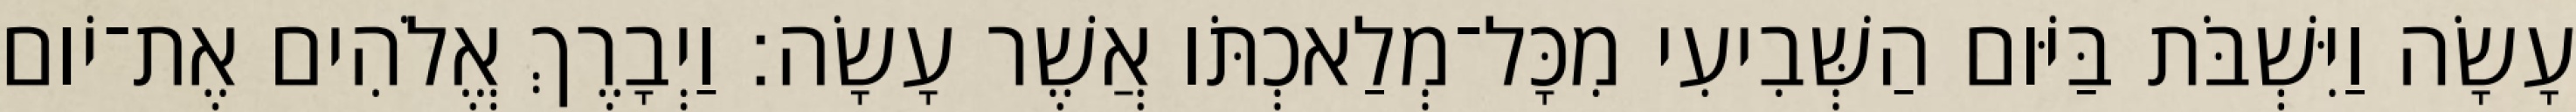
עָשָׂה וַיִּשְׁבֹּת בַּיֹּום הַשְּׁבִיעִי מִכָּל־מְלַאכְתֹּו אֲשֶׁר עָשָׂה׃ וַיְבָרֶךְ אֱלֹהִים אֶת־יֹום